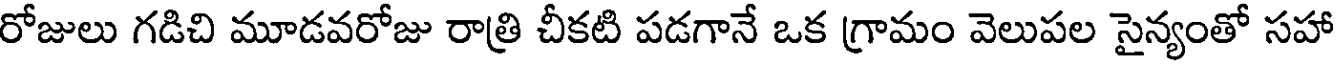
రోజులు గడిచి మూడవరోజు రాత్రి చీకటి పడగానే ఒక గ్రామం వెలుపల సైన్యంతో సహా